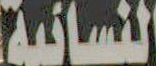
النسائية